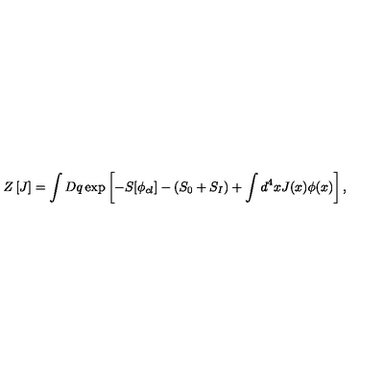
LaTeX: Z \left[ J \right] = \int D q \exp \left[ - S [ \phi _ { c l } ] - ( S _ { 0 } + S _ { I } ) + \int d ^ { 4 } x J ( x ) \phi ( x ) \right] ,